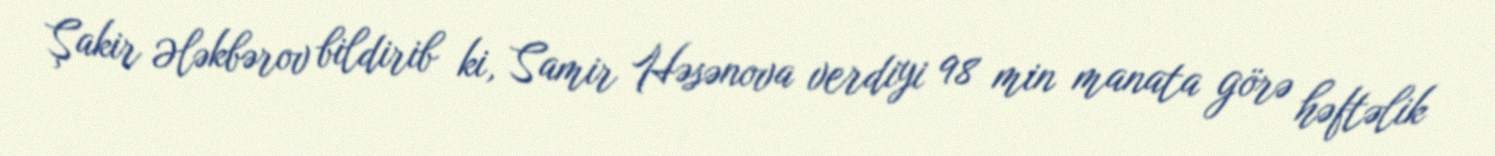
Şakir Ələkbərov bildirib ki, Samir Həsənova verdiyi 98 min manata görə həftəlik